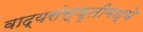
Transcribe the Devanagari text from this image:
वाद्यसंस्कृतीमध्ये